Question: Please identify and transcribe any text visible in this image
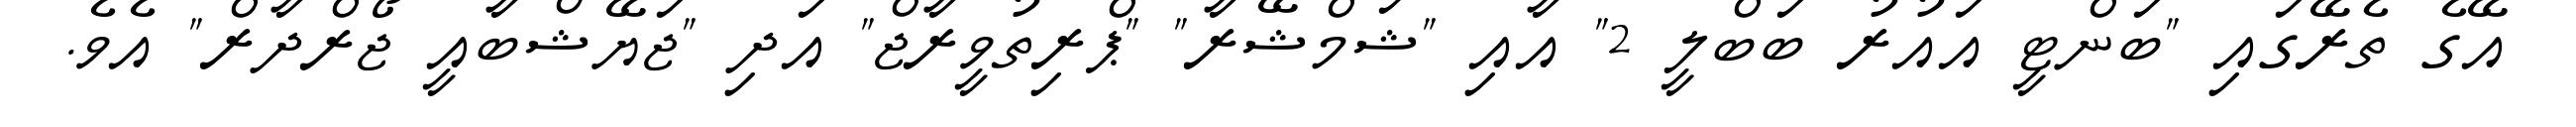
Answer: އޭގެ ތެރޭގައި "ބަންޓީ އައުރު ބަބްލީ 2" އާއި "ޝަމްޝޭރާ" "ޕްރިތުވީރާޖް" އަދި "ޖަޔޭޝްބާއީ ޖޯރްދާރް" އެވެ.